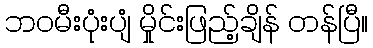
ဘဝမီးပုံးပျံ မှိုင်းဖြည့်ချိန် တန်ပြီ။